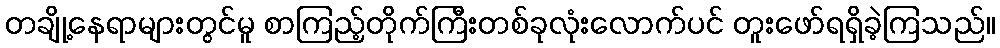
တချို့နေရာများတွင်မူ စာကြည့်တိုက်ကြီးတစ်ခုလုံးလောက်ပင် တူးဖော်ရရှိခဲ့ကြသည်။